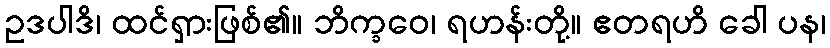
ဥဒပါဒိ၊ ထင်ရှားဖြစ်၏။ ဘိက္ခဝေ၊ ရဟန်းတို့။ ဧတရဟိ ခေါ ပန၊